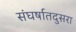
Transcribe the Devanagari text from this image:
संघर्षातदुसरा